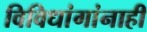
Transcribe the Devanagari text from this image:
विविधांगांनाही